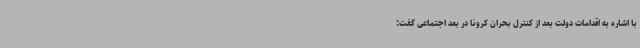
با اشاره به اقدامات دولت بعد از کنترل بحران کرونا در بعد اجتماعی گفت: